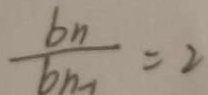
\frac { b _ { n } } { b _ { n - 1 } } = 2